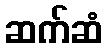
ဆက်ဆံ